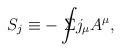
LaTeX: \begin{align*}S_j\equiv -\int \!\!\!\!\!\!\Sigma j_\mu A^\mu ,\end{align*}